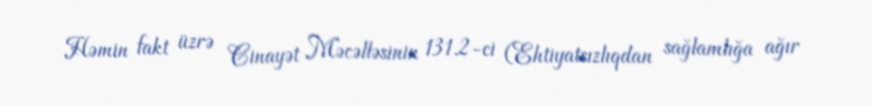
Həmin fakt üzrə Cinayət Məcəlləsinin 131.2-ci (Ehtiyatsızlıqdan sağlamlığa ağır